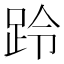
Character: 跉